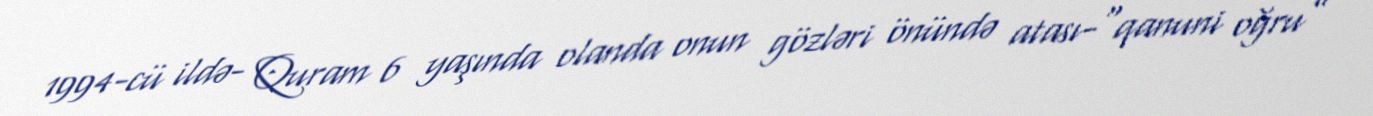
1994-cü ildə- Quram 6 yaşında olanda onun gözləri önündə atası-“qanuni oğru”